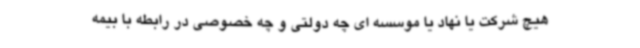
هیچ شرکت یا نهاد یا موسسه ای چه دولتی و چه خصوصی در رابطه با بیمه